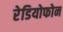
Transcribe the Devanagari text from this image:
रेडियोफोन